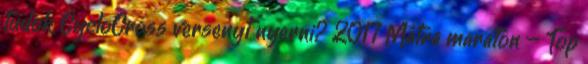
tudok CycloCross versenyt nyerni? 2017 Mátra maraton – Top